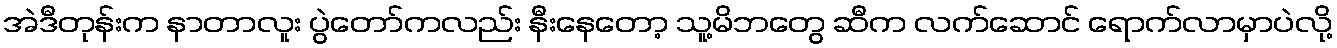
အဲဒီတုန်းက နာတာလူး ပွဲတော်ကလည်း နီးနေတော့ သူ့မိဘတွေ ဆီက လက်ဆောင် ရောက်လာမှာပဲလို့